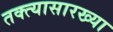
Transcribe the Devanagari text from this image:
तक्त्यासारख्या